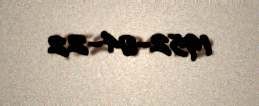
1952-04-22